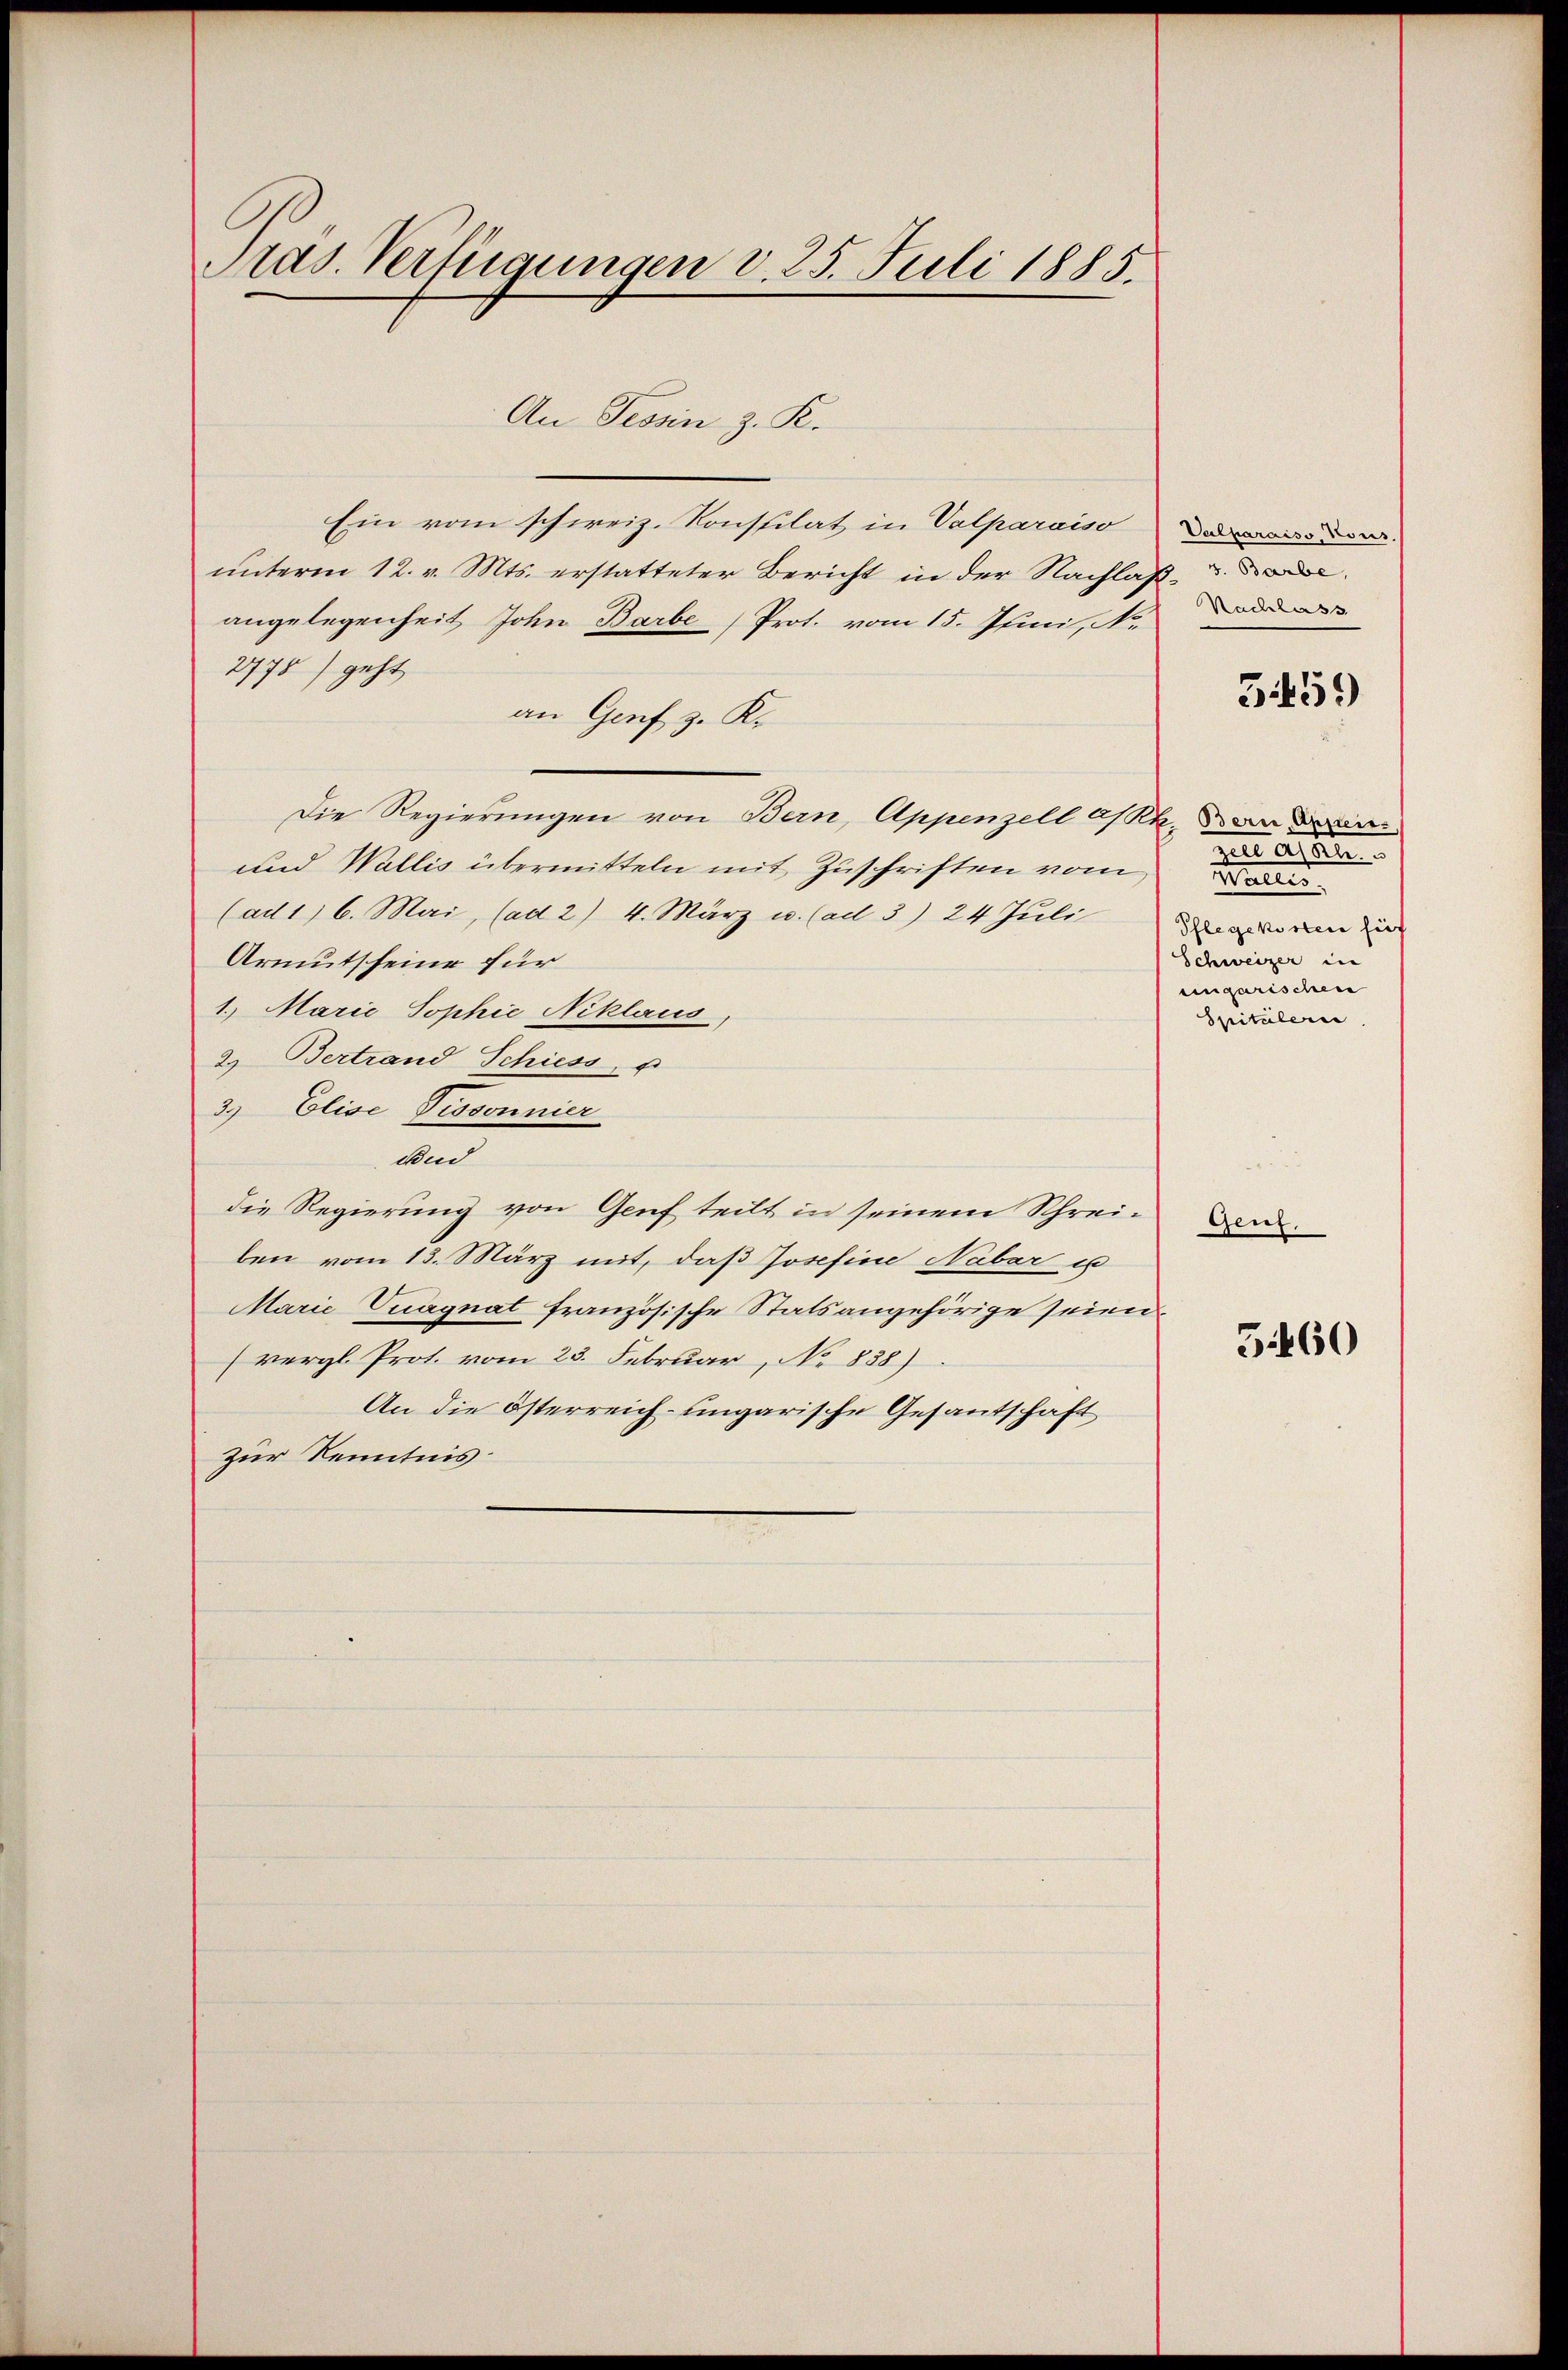
Pras. Verfügungen v. 25. Juli 1885.

An Tessin z. K.
Ein vom schweiz. Konstilat in Valparaiso da de
unterm 12. v. Mts. erstatteter Bericht in der Nachlaβ der
angelegenheit John Barbe (Prot. vom 15. Juni, N.
2775) geht
an Genf z. K.
Die Regierungen von Bern, Appenzell a/Rh. an der
und Wallis übermitteln mit Zuschriften vom
(ad 1. 6. Mai, (ad 2) 4. März u. (ad 3) 24 Jŭli
Armutscheine für
1. Marie Sophie Niklaus
2. Bertrand Schiess, u
3.) Elise Pissonnier
Und
die Regierung von Genf teilt in seinem Schreiben vom 13. März mit, daß Josefine Nabar u
Marie Vuagnat französische Statsangehörige seien
(vergl. Prot. vom 23. Februar, No 838).
An die österreich-ungarische Gesantschaft
zur Kenntnis:

Nachlass

dee auf die
e
Pflegekosten hief
Schweizer in
ungarischen
Spitalerie

Genf.

5459

5460